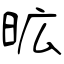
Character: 昿